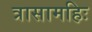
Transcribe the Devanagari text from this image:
त्रासामहिः